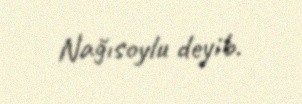
Nağısoylu deyib.